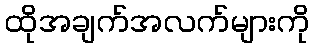
ထိုအချက်အလက်များကို